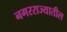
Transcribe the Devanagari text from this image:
नगरराज्यातील